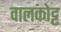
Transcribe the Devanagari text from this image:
वालकोट्ट